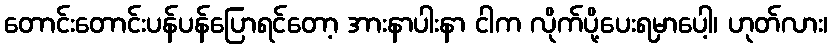
တောင်းတောင်းပန်ပန်ပြောရင်တော့ အားနာပါးနာ ငါက လိုက်ပို့ပေးရမှာပေါ့၊ ဟုတ်လား၊